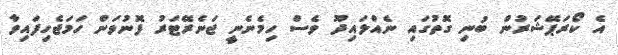
އެ ކޯރަޕޭޝަރުން ބުނި ގޮތުގައި ނެއްލައިދޫ ވެސް ހިމެނެނީ ޖަނެރޭޓަރު ފޮނުވަން ހަމަޖެހިފައިވާ